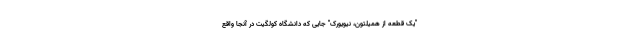
"یک قطعه از همیلتون، نیویورک" جایی که دانشگاه کولگیت در آنجا واقع